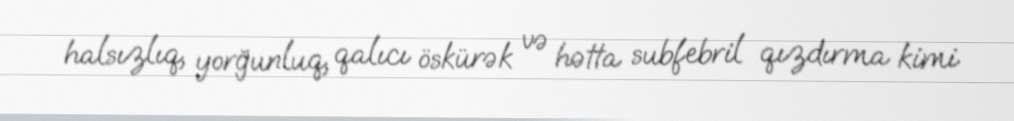
halsızlıq, yorğunluq, qalıcı öskürək və hətta subfebril qızdırma kimi